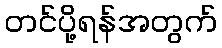
တင်ပို့ရန်အတွက်